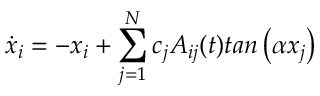
\dot { x } _ { i } = - x _ { i } + \sum _ { j = 1 } ^ { N } c _ { j } A _ { i j } ( t ) t a n \left( \alpha x _ { j } \right)